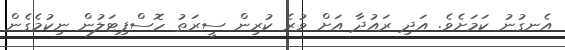
އެނގުނު ކަމަށެވެ. އަދި ރައުދާ އަށް ވުރެ ކުރިން ސީރަތު ހޮސްޕިޓަލުން ނިކުމެގެން